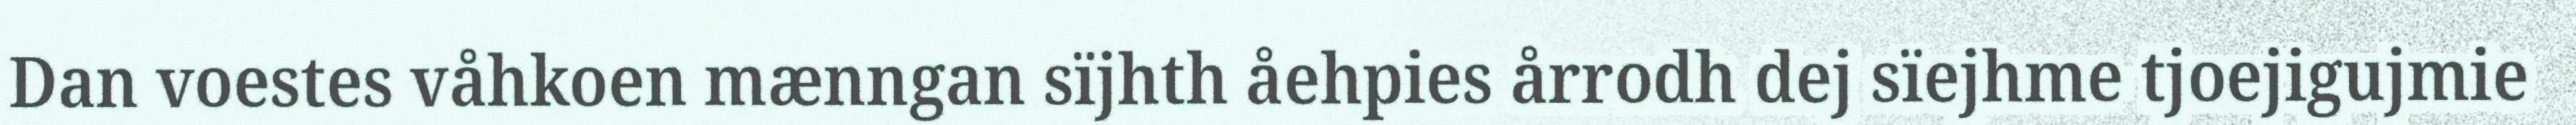
Dan voestes våhkoen mænngan sïjhth åehpies årrodh dej sïejhme tjoejigujmie